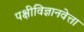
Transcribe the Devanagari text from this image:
पक्षीविज्ञानवेत्ता